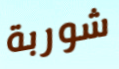
شوربة